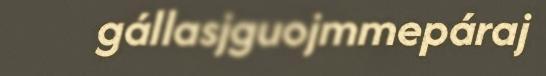
gállasjguojmmepáraj